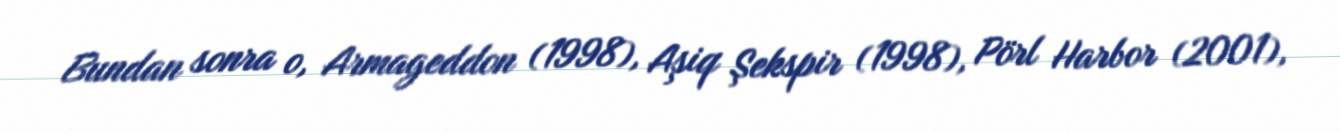
Bundan sonra o, Armageddon (1998), Aşiq Şekspir (1998), Pörl Harbor (2001),